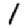
Digit: 1